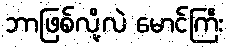
ဘာဖြစ်လို့လဲ မောင်ကြီး